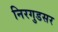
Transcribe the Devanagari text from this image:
निरगुडसर